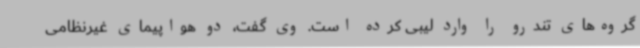
گروه‌های تندرو را وارد لیبی کرده است. وی گفت، دو هواپیمای غیرنظامی